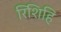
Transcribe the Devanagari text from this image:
रिशिहि